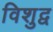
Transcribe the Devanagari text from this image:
विशुद्व